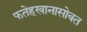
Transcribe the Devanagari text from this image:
फतेहखानासोबत